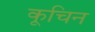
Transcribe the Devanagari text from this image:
कूचिन